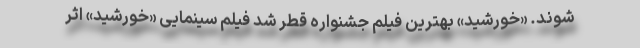
شوند. «خورشید» بهترین فیلم جشنواره قطر شد فیلم سینمایی «خورشید» اثر